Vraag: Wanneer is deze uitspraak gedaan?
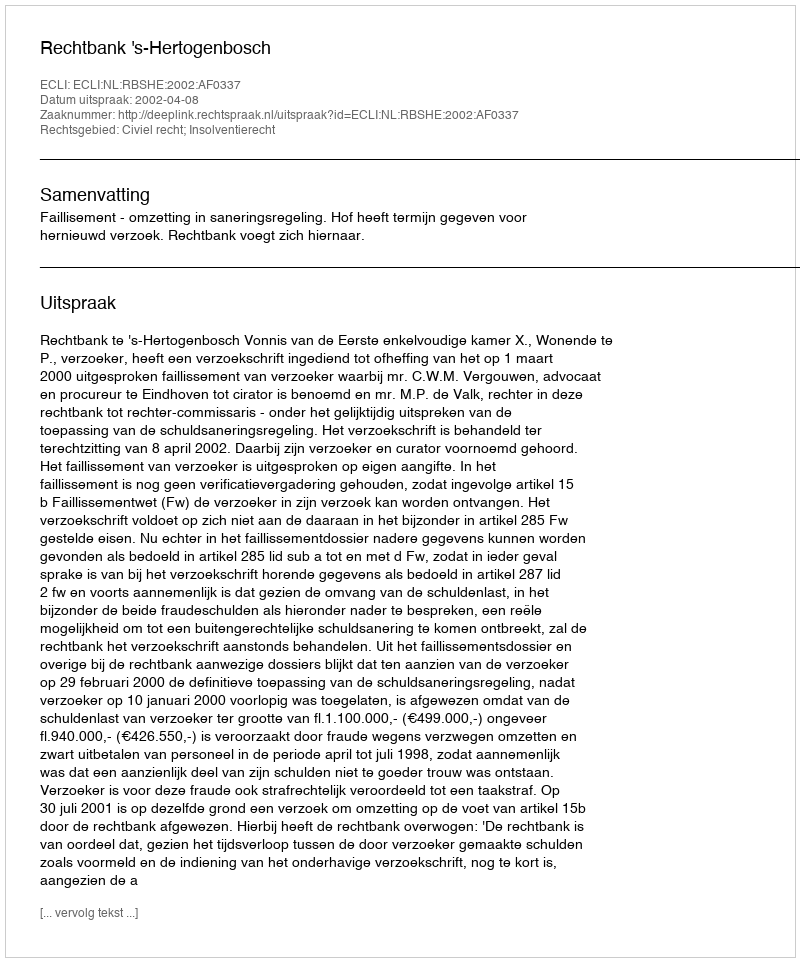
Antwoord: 2002-04-08